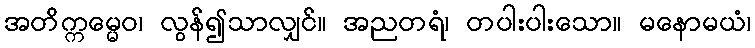
အတိက္ကမ္မေဝ၊ လွန်၍သာလျှင်။ အညတရံ၊ တပါးပါးသော။ မနောမယံ၊